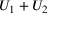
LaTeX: U _ { 1 } + U _ { 2 }